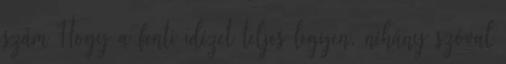
szám Hogy a fenti idézet teljes legyen, néhány szóval